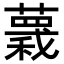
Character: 𧀅